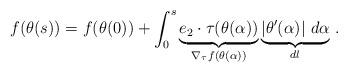
LaTeX: \begin{align*}f(\theta(s))=f(\theta(0))+\int_0^s \underbrace{e_2\cdot\tau(\theta(\alpha))}_{\nabla_\tau f (\theta(\alpha))}\underbrace{|\theta'(\alpha)|\ d\alpha}_{dl}\,.\end{align*}